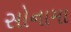
સોનામા